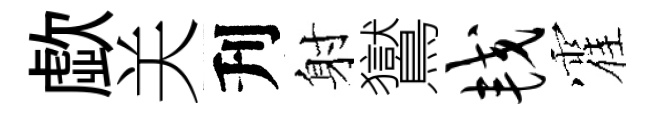
歔关刋射鸑较霍